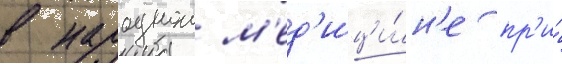
в народнои м'ед'ици́н'е пр'и́